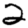
Digit: 2